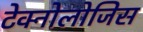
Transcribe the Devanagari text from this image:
टेक्नोलोजिस